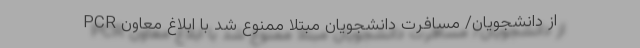
PCR از دانشجویان/ مسافرت دانشجویان مبتلا ممنوع شد با ابلاغ معاون